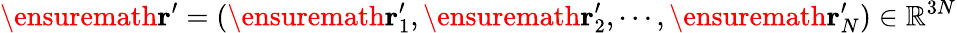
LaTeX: \ensuremath{\mathbf{r}}^{\prime}=(\ensuremath{\mathbf{r}}_{1}^{\prime},\ensuremath{\mathbf{r}}_{2}^{\prime},\cdots,\ensuremath{\mathbf{r}}_{N}^{\prime})\in\mathbb{R}^{3N}